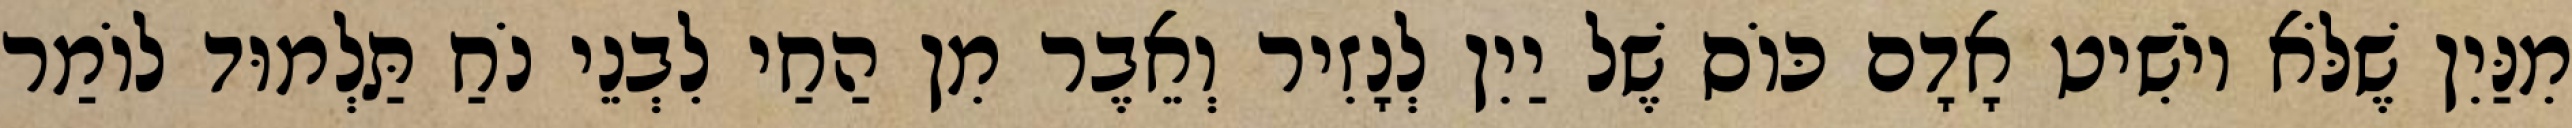
מִנַּיִן שֶׁלֹּא יוֹשִׁיט אָדָם כּוֹס שֶׁל יַיִן לְנָזִיר וְאֵבֶר מִן הַחַי לִבְנֵי נֹחַ תַּלְמוּד לוֹמַר